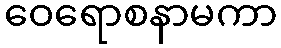
ဝေရောစနာမကာ